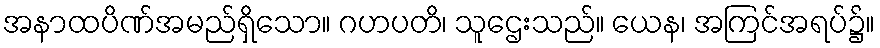
အနာထပိဏ်အမည်ရှိသော။ ဂဟပတိ၊ သူဌေးသည်။ ယေန၊ အကြင်အရပ်၌။